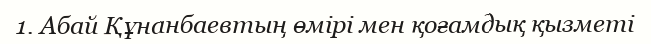
1. Абай Құнанбаевтың өмірі мен қоғамдық қызметі